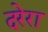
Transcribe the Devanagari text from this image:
दरेरा